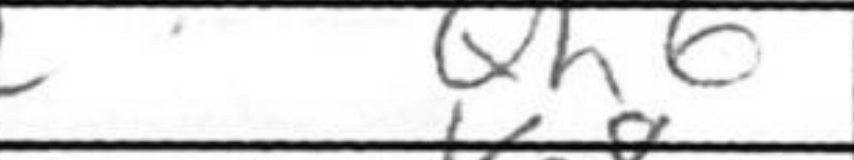
Transcription: Qh6